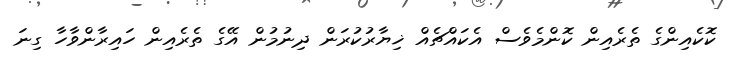
ކޮކެއިންގެ ތެރެއިން ކޮންމެވެސް އެކައްޗެއް ޚިޔާރުކުރަން ދިނުމުން އޭގެ ތެރެއިން ހައިރާންވާހާ ގިނަ